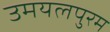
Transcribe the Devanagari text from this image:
उमयलपुरम